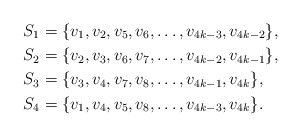
\begin{align*}S_1&=\{v_1,v_2,v_5,v_6,\ldots,v_{4k-3},v_{4k-2}\},\\S_2&=\{v_2,v_3,v_6,v_7,\ldots,v_{4k-2},v_{4k-1}\},\\S_3&=\{v_3,v_4,v_7,v_8,\ldots,v_{4k-1},v_{4k}\},\\S_4&=\{v_1,v_4,v_5,v_8,\ldots,v_{4k-3},v_{4k}\}.\end{align*}